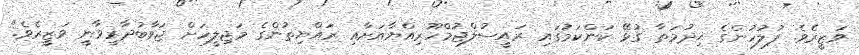
ވަޒީރެވެ. ފުލުހުންގެ ޚިދުމަތާ ގުޅޭ ކަންކަމުގައި ރައީސުލްޖުމްހޫރިއްޔާއަށާއި ރައްޔިތުންގެ މަޖިލީހަށް ޖަވާބުދާރީވާނީ ވަޒީރެވެ."